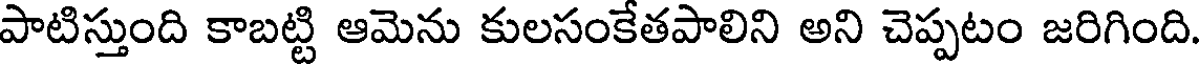
పాటిస్తుంది కాబట్టి ఆమెను కులసంకేతపాలిని అని చెప్పటం జరిగింది